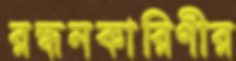
রন্ধনকারিণীর